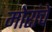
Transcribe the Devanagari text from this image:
मोरांचे